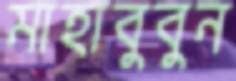
মাহাবুবুন